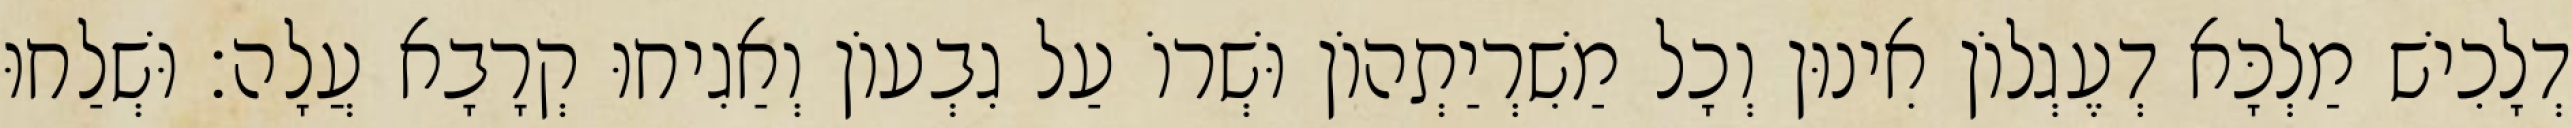
דְלָכִישׁ מַלְכָּא דְעֶגְלוֹן אִינוּן וְכָל מַשִׁרְיַתְהוֹן וּשְׁרוֹ עַל גִבְעוֹן וְאַגִיחוּ קְרָבָא עֲלָה׃ וּשְׁלַחוּ